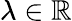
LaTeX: \lambda\in\mathbb R